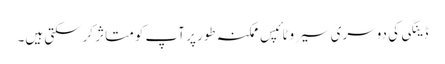
ڈینگی کی دوسری سیروٹائپس ممکنہ طور پر آپ کو متاثر کرسکتی ہیں۔